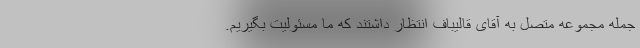
جمله مجموعه متصل به آقای قالیباف انتظار داشتند که ما مسئولیت بگیریم.